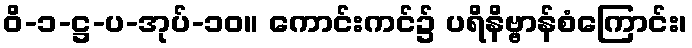
ဝိ-၁-ဋ္ဌ-ပ-အုပ်-၁၀။ ကောင်းကင်၌ ပရိနိဗ္ဗာန်စံကြောင်း၊